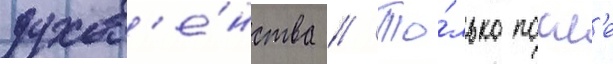
духов'е́нства // То́лько посл'е